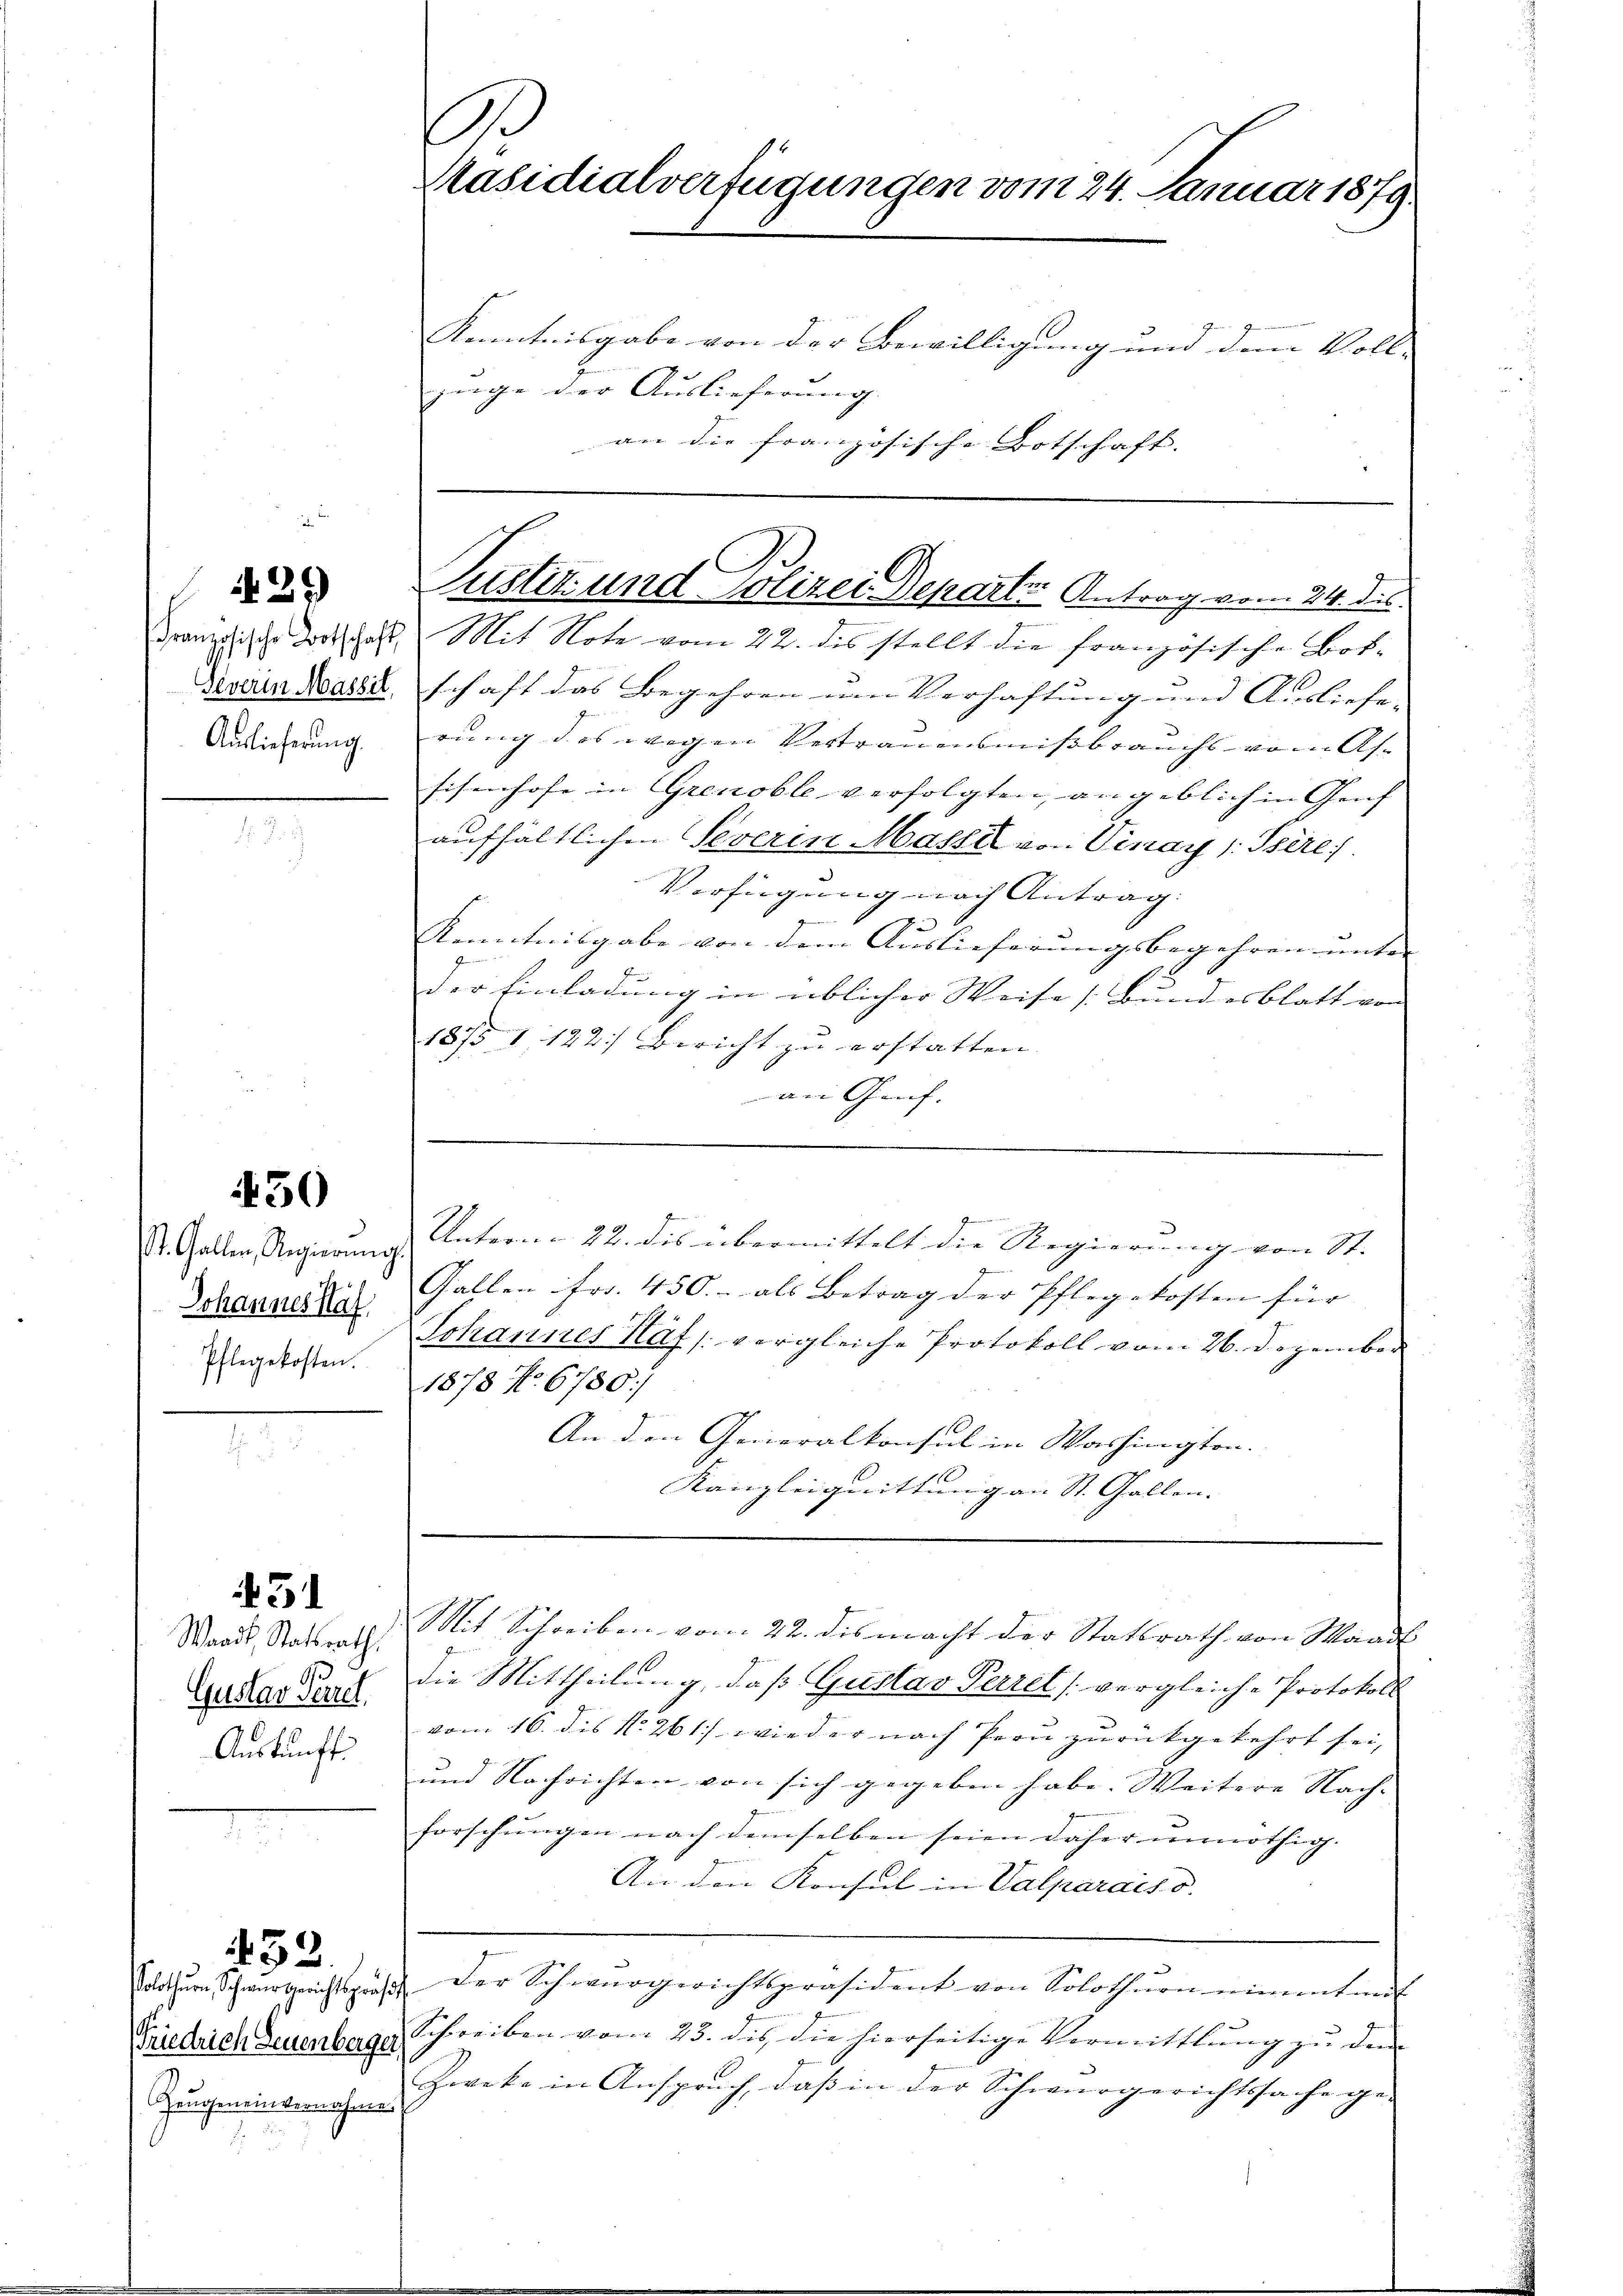
29

Auslieferung.

450

Johannes Haf
Pflegekosten.

43

Waadt, Statsrath
Gustav Perret,
Auskunft.

Zeŭgeneinvernahme.

432.

.
Päsidialverfügungen vom 24. Januar 1879

Kenntnisgabe von der Bewilligung und dem Voll- |
züge der Auslieferung.
an die französische Botschaft. |

Französische Dortschaft. Mit Note vom 22. des stellt die französische Bot¬
Deverin Basellschaft das Begehren um Verhaftung und Ausliefe,
rung des wegen Vertrauensmissbrauchs vom As-
Eisenhofe in Grenoble verfolgten, angeblich in Genf
aufhältlichen Severin Massel von Vinay /:Isére
Verfügung nach Antrag.
Kenntnisgabe von dem Auslieferungsbegehren unter- |
4
der Einladung in üblicher Weise (Bundesblatt von |
1875 1 122) Bericht zu erstatten
an Graf
.
Gallen Fr. 450.- als Betrag der Pflegekosten für |
Johannes Haf /: vergleiche Protokoll vom 26. Dezember
1878 No. 6780/
An den Generalkonsul in Washingten.
Kanzleignittung an St. Gallen. |
Mit Schreiben vom 22. dis macht der Statsrath von Waadt
Die Mittheilung, daß Gustav Perrel [vergleiche Protokoll
vom 16. des No. 261) wieder nach Frau zurückgekehrt sei,
und Nachrichten von sich gegeben habe. Weitere Nach- |
forschungen nach demselben seien daher unnöthig. |
An den Konseil in Valparais d.
solothurn Schwurgerichtspräs. Der Schwurgerichtspräsident von Solothurn nimmt auf
Friedrich deuenberger Schreiben vom 23. dis die hierseitige Vermittlung zu den
Zweke in Anspruch, daβ in der Schwurgerichtssache ge-

Justiz und Polizei Departe Antrag vom 24. des

St. Galler, Regierung Untern 22. des übermittelt die Regierung von St.